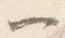
一